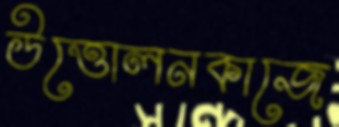
উত্তোলনকাজে